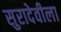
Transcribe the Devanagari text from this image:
सुरादेवीला